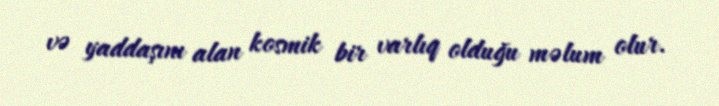
və yaddaşını alan kosmik bir varlıq olduğu məlum olur.